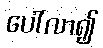
ပေါ်လာ၍